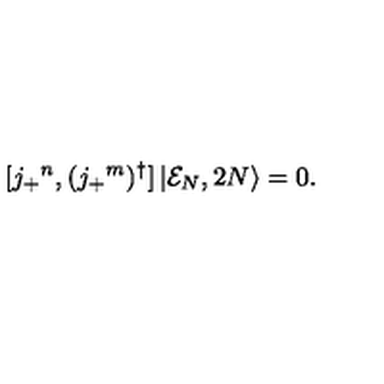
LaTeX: [ j _ { + } { } ^ { n } , ( j _ { + } { } ^ { m } ) ^ { \dagger } ] \left| { \cal E } _ { N } , 2 N \right\rangle = 0 .